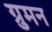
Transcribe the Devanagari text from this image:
ग्रुमन